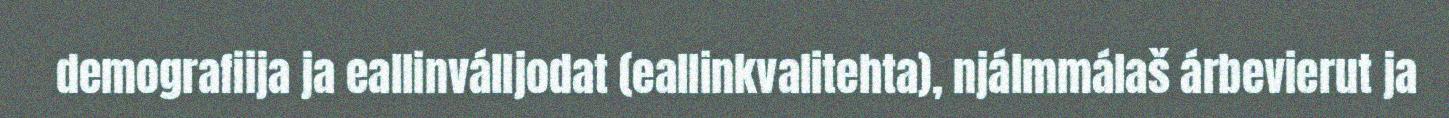
demografiija ja eallinválljodat (eallinkvalitehta), njálmmálaš árbevierut ja